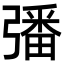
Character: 𢐠